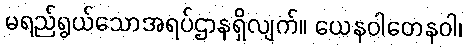
မရည်ရွယ်သောအရပ်ဌာနရှိလျက်။ ယေနဝါတေနဝါ၊